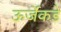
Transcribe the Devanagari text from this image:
ऊर्जेकडे